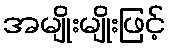
အမျိုးမျိုးဖြင့်